talulepingud_et, lk 4
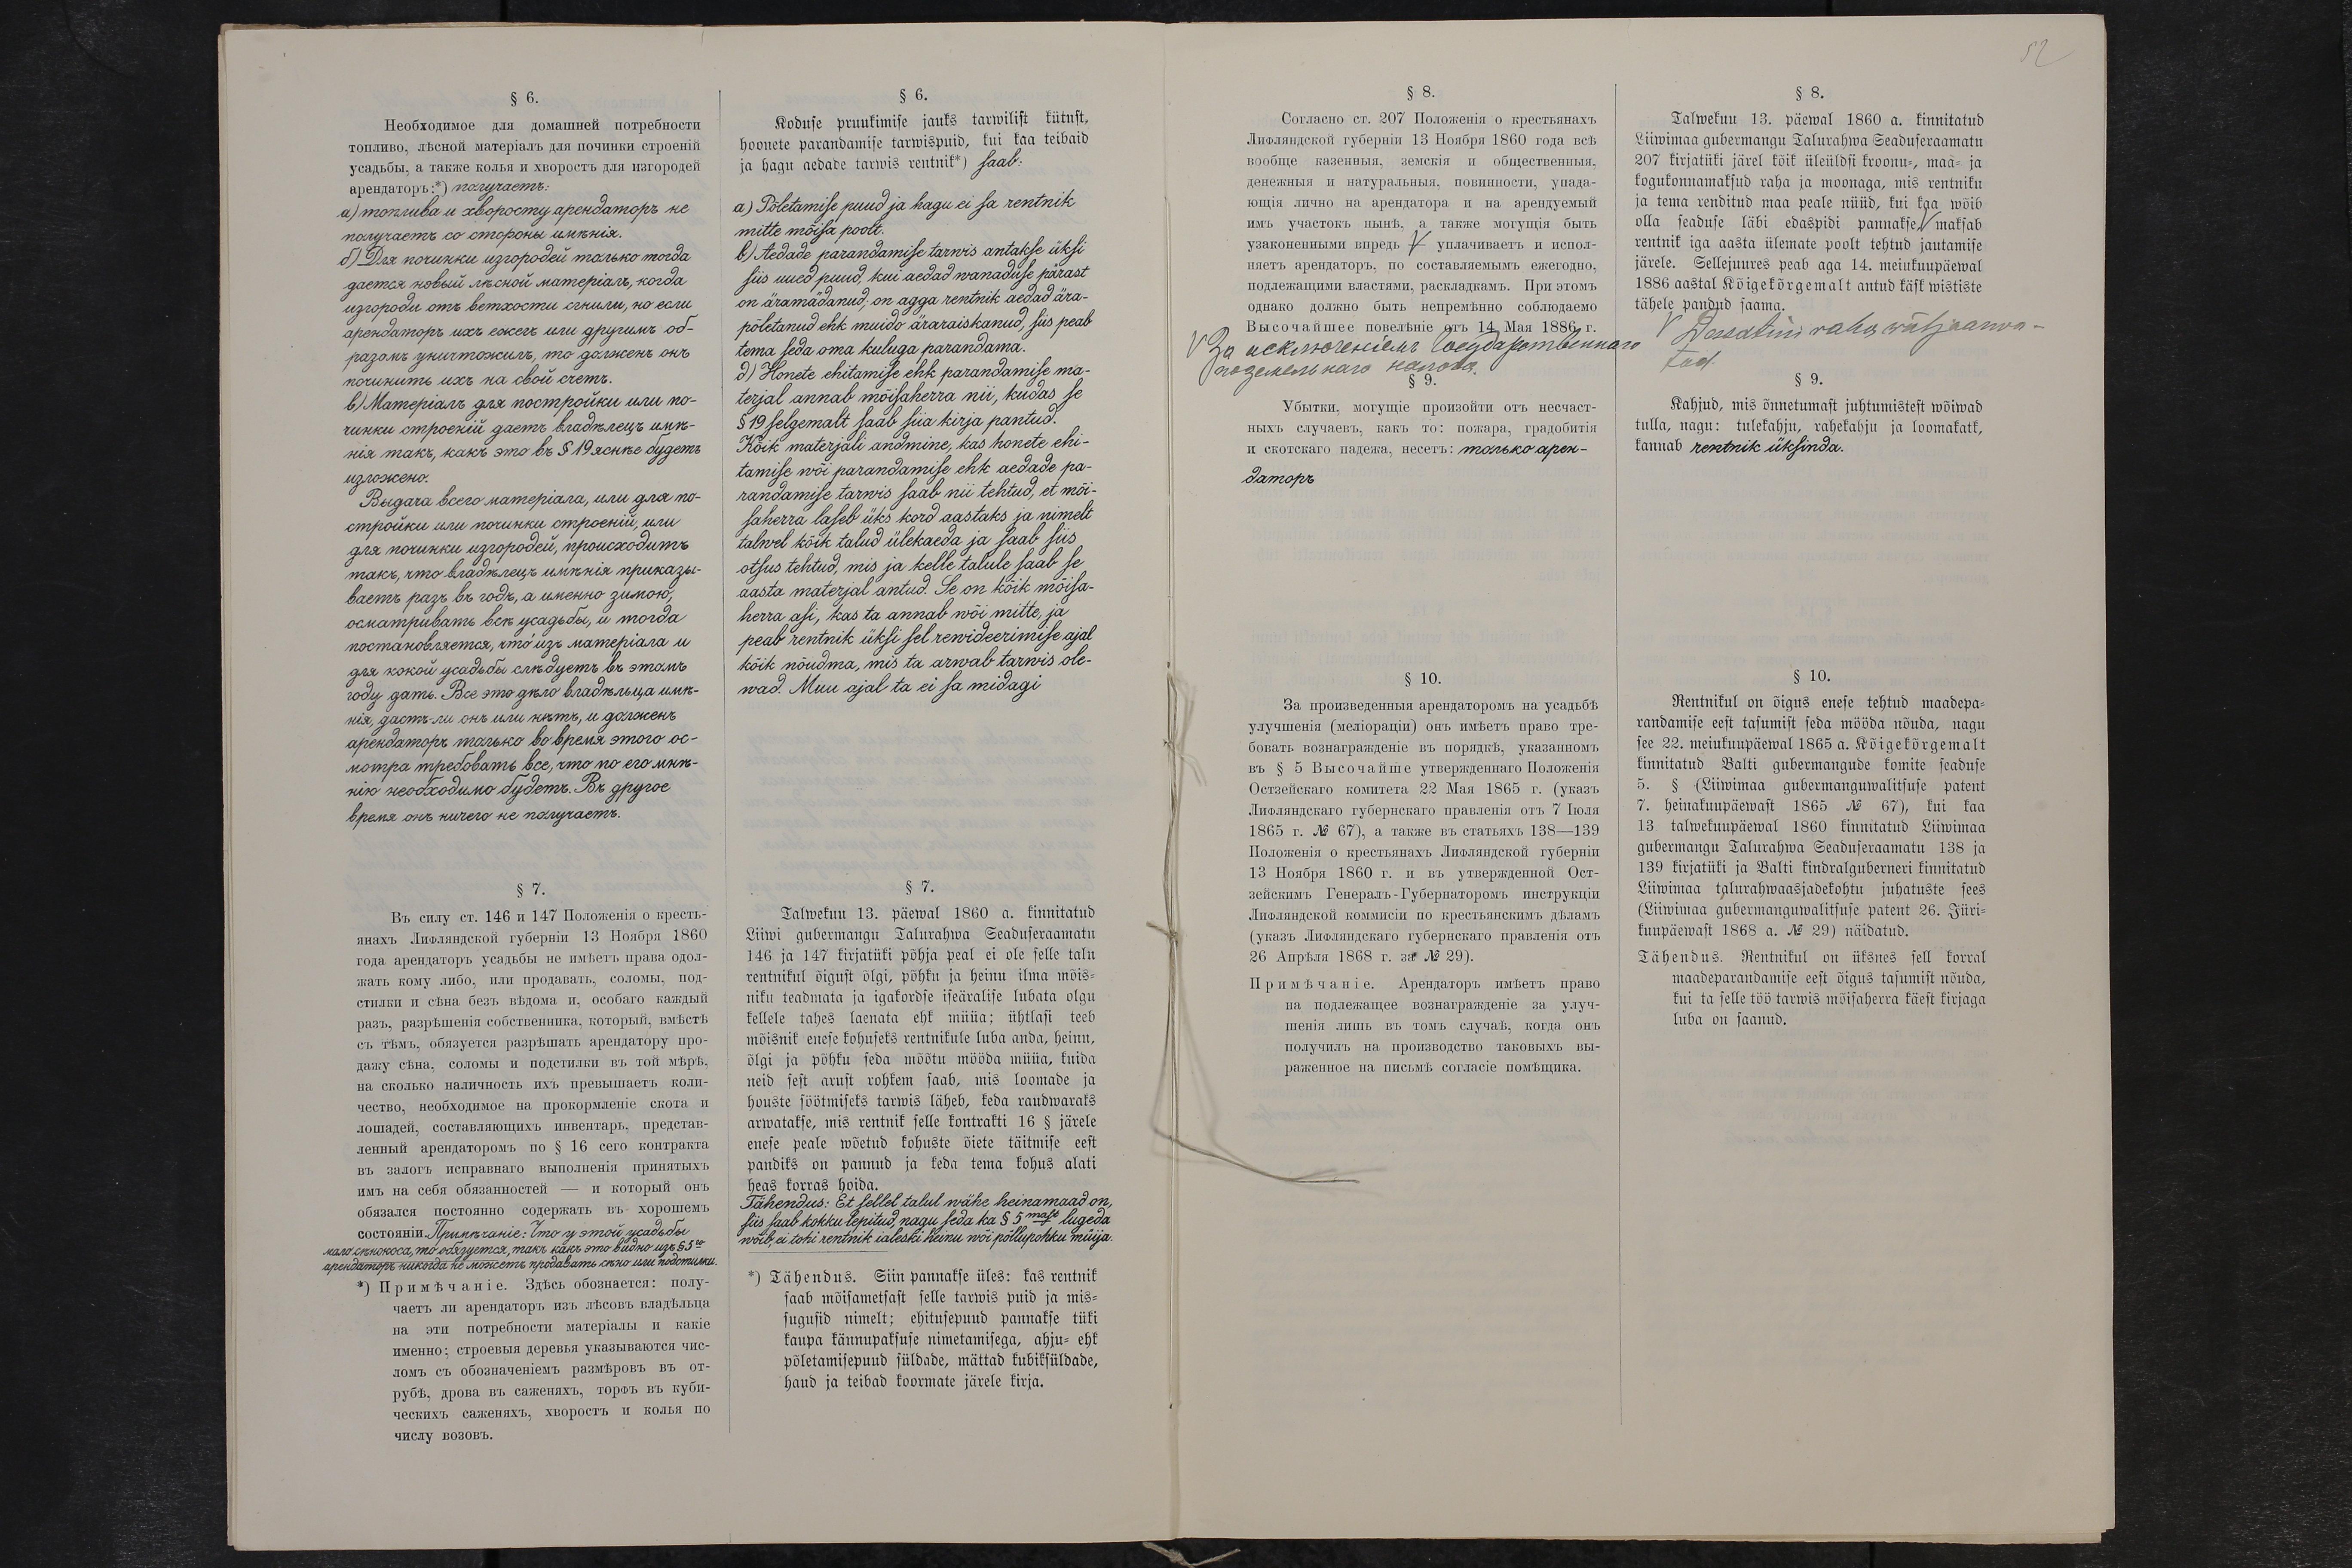
§ 6.
Koduse pruukimise jauks tarwilist kütust,
hoonete parandamise tarwispuid. kui kaa teibaid
ja hagu aedade tarwis rentnik*) saab:
a)Põletamise puud ja hagi ei sa rentnik
mitte mõisa poolt.
b) Aedade parandamise tarwis antakse üksi
siis uued puud. kui aedad wanaduse pärast
on äramädanenud; on agga rentnik aedad ära-
põletanud ehk muido äraraiskanud, siis peab
tema seda oma kuluga parandama.
d) Honete ehitamise ehk parandamise ma-
terjal annab mõisaherra nii, kudas se
§ 19 selgemalt saab siia kirja pantud.
Kõik materjali andmine, kas honete ehi-
tamise wõi parandamise ehk aedade pa-
randamise tarwis saab nii tehtud, et mõi-
saherra laseb üks kord aastaks ja nimelt
talwel kõik talud ülekaeda ja saab siis
otsus tehtud, mis ja kelle talule saab se
aasta materjal antud. Se on kõik mõisa-
herra asi, kas ta annab wõi mitte, ja
peab rentnik üksi sel rewideerimise ajal
kõik nõudma, mis ta arwab tarwis ole-
wad. Muu ajal ta ei sa midagi
§ 7.
Talwekuu 12. päewal 1860 a. kinnitatud
Liiwi gubermangu Talurahwa Seaduseraamatu
146 ja 147 kirjatüki põhjal peal ei ole selle talu
rentnikul õigust õlgi, põhku ja heinu ilma mõis-
niku teadmata ja igakordse iseäralise lubata olgu
kellele tahes laenata ehk müüa; ühtlasi teeb
mõisnik enese kohuseks rentnikule luba anda, heinu,
õlgi ja põhku seda mõõtu mööda müüa, kuida
neid sest arust rohkem saab, mis loomade ja
houste söötmiseks tarwis läheb, keda raudwaraks
arwatakse, mis rentnik selle kontrakti 16 § järele
enese peale wõetud kohuste õiete täitmise eest
pandiks on pannud ja keda tema kohus alati
heas korras hoida.
Tähendus: Et sellel talul wähe heinamaad on,
siis saab kokku lepitud, nagu seda ka § 5mast lugeda
wõib, ei tohi rentnik ialeski heinu wõi põllupohku müija.
*) Tähendus. Siin pannakse üles: kas rentnik
saab mõisametsast selle tarwis puid ja mis-
sugusid nimelt; ehitusepuud pannakse tüki
kaupa kännupaksuse nimetamisega, ahju- ehk
põletamisepuud süldade, mättad, kubiksüldade,
haud ja teibad koormate järele kirja.

§ 8.
Talwekuu 13. päewal 1860 a. kinnitatud
Liiwimaa gubermangu Talurahwa Seaduseraamatu
207 kirjatüki järel kõik üleüldsi kroonu-, maa- ja
kogukonnamaksud raha ja moonaga, mis rentniku
ja tema renditud maa peale üüd, kui kaa wõib
olla seaduse läbi edaspidi pannakse, ˅ maksab
rentnik iga aasta ülemate poolt tehtud jautamise
järele. Sellejuures peab aga 14. meiukuupäewal
1886 aastal Kõigekõrgemalt antud käsk wististe
tähele pandud saama.
˅ Dessatini raha wälaarwa-
tud.
§ 9.
Kahjud, mis õnnetumast juhtumisest wõiwad
tulla, nagu: tulekahju, rahekahju ja loomakatk,
kannab rentnik üksinda.
§ 10.
Rentnikul on õigus enese tehtud maadepa-
randamise eest tasumist seda mööda nõuda, nagu
see 22. meiukuupäewal 1865 a. Kõigekõrgemalt
kinnitatud Balti gubermangude komite seaduse
5. § (Liiwimaa gubermanguwalitsuse patent
7. heinakuupäewast 1865 No 67), kui kaa
13 talwekuupäewal 1860 kinnitatud Liiwimaa
gubermangu Talurahwa Seaduseraamatu 138 ja
139 kirjatüki ja Balti kindralguberneri kinnitatud
Liiwimaa talurahwaasjadekohtu juhatuste sees
(Liiwimaa gubermanguwalitsuse patent 26. Jüri-
kuupäewast 1868 a. No 29) näidatud.
Tähendus. Rentnikul on üksnes sell korral
maadeparandamise eest õigus tasumist nõuda,
kui ta selle töö tarwis mõisaherra käest kirjaga
luba on saanud.